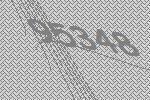
95348